Annual report of the Imperial Bacteriological Laboratory, Muktesar
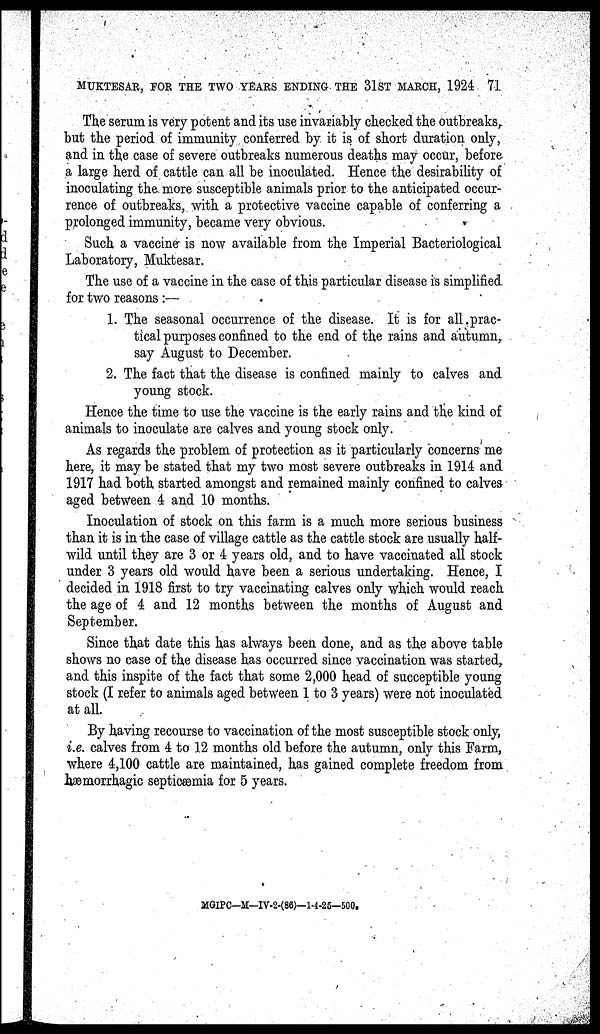
MUKTESAR, FOR THE TWO YEARS ENDING THE 31ST MARCH, 1924 71
The serum is very potent and its use invariably checked the outbreaks,
but the period of immunity conferred by it is of short duration only,
and in the case of severe outbreaks numerous deaths may occur, before
a large herd of cattle can all be inoculated. Hence the desirability of
inoculating the more susceptible animals prior to the anticipated occur-
rence of outbreaks, with a protective vaccine capable of conferring a
prolonged immunity, became very obvious.
Such a vaccine is now available from the Imperial Bacteriological
Laboratory, Muktesar.
The use of a vaccine in the case of this particular disease is simplified
for two reasons :—
1. The seasonal occurrence of the disease. It is for all prac-
tical purposes confined to the end of the rains and autumn,
say August to December.
2. The fact that the disease is confined mainly to calves and
young stock.
Hence the time to use the vaccine is the early rains and the kind of
animals to inoculate are calves and young stock only.
As regards the problem of protection as it particularly concerns me
here, it may be stated that my two most severe outbreaks in 1914 and
1917 had both started amongst and remained mainly confined to calves
aged between 4 and 10 months.
Inoculation of stock on this farm is a much more serious business
than it is in the case of village cattle as the cattle stock are usually half-
wild until they are 3 or 4 years old, and to have vaccinated all stock
under 3 years old would have been a serious undertaking. Hence, I
decided in 1918 first to try vaccinating calves only which would reach
the age of 4 and 12 months between the months of August and
September.
Since that date this has always been done, and as the above table
shows no case of the disease has occurred since vaccination was started,
and this inspite of the fact that some 2,000 head of succeptible young
stock (I refer to animals aged between 1 to 3 years) were not inoculated
at all.
By having recourse to vaccination of the most susceptible stock only,
i.e. calves from 4 to 12 months old before the autumn, only this Farm,
where 4,100 cattle are maintained, has gained complete freedom from
hæmorrhagic septicæmia for 5 years.
MGIPC—M—IV-2-(86)-1-4-25—500.